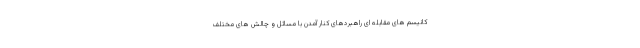
کانیسم های مقابله ای راهبردهای کنار آمدن با مسائل و چالش های مختلف